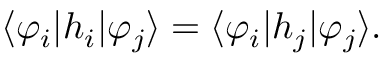
\langle \varphi _ { i } | h _ { i } | \varphi _ { j } \rangle = \langle \varphi _ { i } | h _ { j } | \varphi _ { j } \rangle .